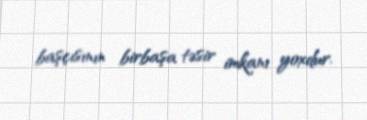
başçısının birbaşa təsir imkanı yoxdur.